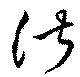
淑